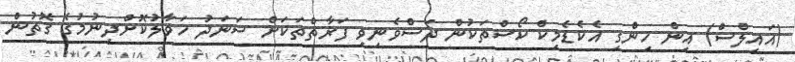
(އައިލްސް) އިން ހިންގި އެކެޑެމިކް ކޯސްތަކުން ދަސްވެނިވި ފަރާތްތަކަށް ސަނަދު ހަވާލުކޮށްދިނުމުގެ ގޮތުން